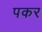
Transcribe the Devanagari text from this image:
पकर